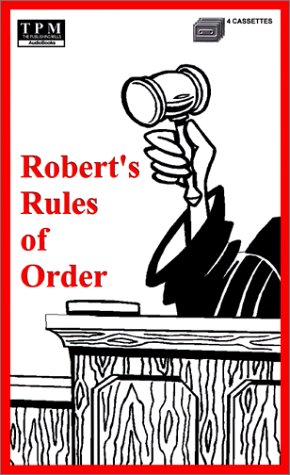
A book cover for Robert's Rules of Order; Henry M. Robert; Reference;